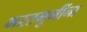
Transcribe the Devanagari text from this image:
भरतमुनींना